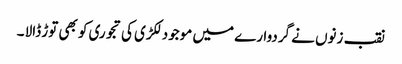
نقب زنوں نے گردوارے میں موجود لکڑی کی تجوری کو بھی توڑ ڈالا ۔